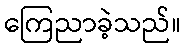
ကြေညာခဲ့သည်။